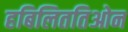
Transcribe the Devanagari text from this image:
हबिलिततिओन